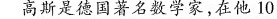
高斯是德国著名数学家，在他10